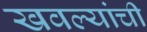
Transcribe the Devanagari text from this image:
खवल्यांची